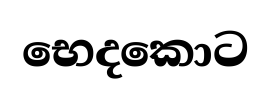
භෙදකොට